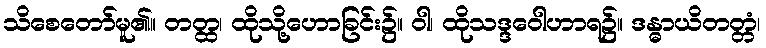
သိစေတော်မူ၏။ တတ္ထ၊ ထိုသို့ဟောခြင်း၌။ ဝါ၊ ထိုသဒ္ဒဝေါဟာရ၌။ ဒန္ဓာယိတတ္တံ၊